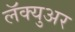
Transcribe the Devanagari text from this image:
लॅक्युअर